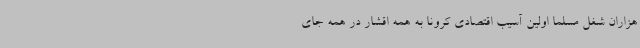
هزاران شغل مسلما اولین آسیب اقتصادی کرونا به همه اقشار در همه جای